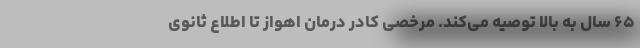
۶۵ سال به بالا توصیه می‌کند. مرخصی کادر درمان اهواز تا اطلاع ثانوی